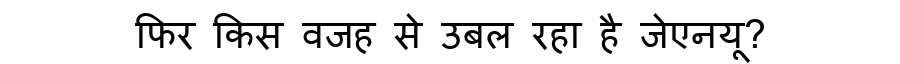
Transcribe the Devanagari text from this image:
फिर किस वजह से उबल रहा है जेएनयू?